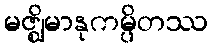
မဇ္ဈိမာနုကမ္ပိတဿ